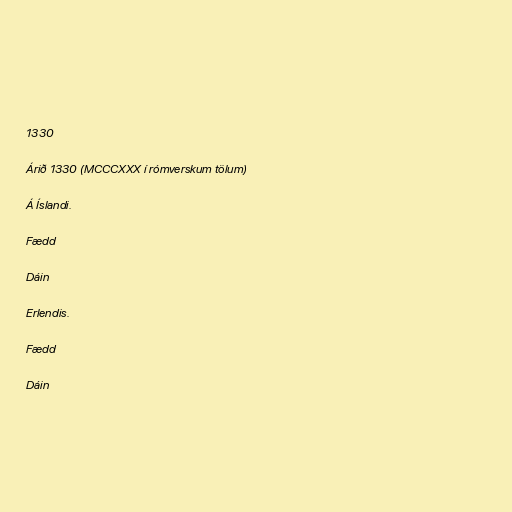
1330

Árið 1330 (MCCCXXX í rómverskum tölum)

Á Íslandi.

Fædd

Dáin

Erlendis.

Fædd

Dáin